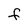
Character: F